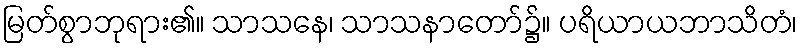
မြတ်စွာဘုရား၏။ သာသနေ၊ သာသနာတော်၌။ ပရိယာယဘာသိတံ၊